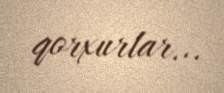
qorxurlar...